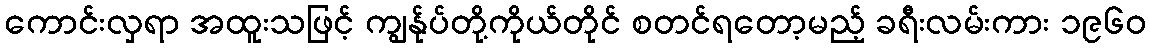
ကောင်းလှရာ အထူးသဖြင့် ကျွန်ုပ်တို့ကိုယ်တိုင် စတင်ရတော့မည့် ခရီးလမ်းကား ၁၉၆၀